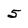
Character: 5